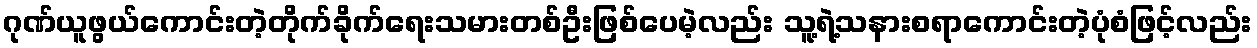
ဂုဏ်ယူဖွယ်ကောင်းတဲ့တိုက်ခိုက်ရေးသမားတစ်ဦးဖြစ်ပေမဲ့လည်း သူ့ရဲ့သနားစရာကောင်းတဲ့ပုံစံဖြင့်လည်း